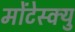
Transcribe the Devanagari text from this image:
मोंटेस्क्यु